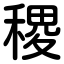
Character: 稷